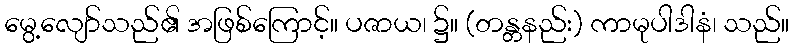
မွေ့လျော်သည်၏ အဖြစ်ကြောင့်။ ပဇာယ၊ ၌။ (တန္တနည်း) ကာမုပါဒါနံ၊ သည်။